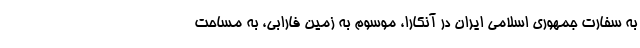
به سفارت جمهوری اسلامی ایران در آنکارا، موسوم به زمین فارابی، به مساحت